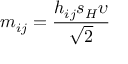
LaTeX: m _ { i j } = \frac { h _ { i j } s _ { H } \upsilon } { \sqrt { 2 } }